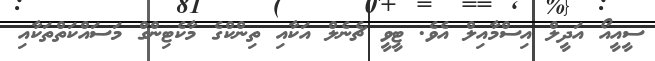
ސީއީއޯ އަދީލް އިސްމާއިލް އެވެ. ޓީވީ ޗެނެލް އަކާއި ތިންކްގެ މާކެޓިންގް މަސައްކަތްތަކާއި